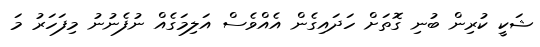
ޝަކީ ކުރިން ބުނި ގޮތަށް ހަދައިގެން އެއްވެސް އަލިމަގެއް ނުފެނުނު މިފަހަރު މަ